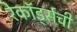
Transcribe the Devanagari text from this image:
रेकॉर्ड्सची